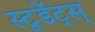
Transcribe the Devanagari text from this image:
स्टूडेंट्स्